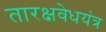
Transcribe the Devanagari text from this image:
तारक्षवेधयंत्र